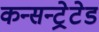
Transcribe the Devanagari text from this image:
कन्सन्ट्रेटेड